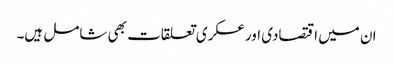
ان میں اقتصادی اور عسکری تعلقات بھی شامل ہیں۔